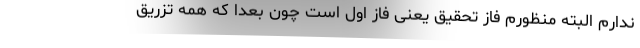
ندارم البته منظورم فاز تحقیق یعنی فاز اول است چون بعداً که همه تزریق